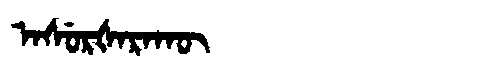
Manchu: ᠠᠰᡠᡵᡧᠠᡵᠠᡴᡡ
Romanization: ASURŠARAKŪ